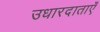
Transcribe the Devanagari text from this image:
उधारदाताएँ